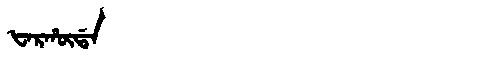
Manchu: ᡶᠠᡵᡥᡡᡩᠠ
Romanization: FARHŪDA